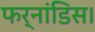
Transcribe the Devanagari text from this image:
फर्नांडिस।